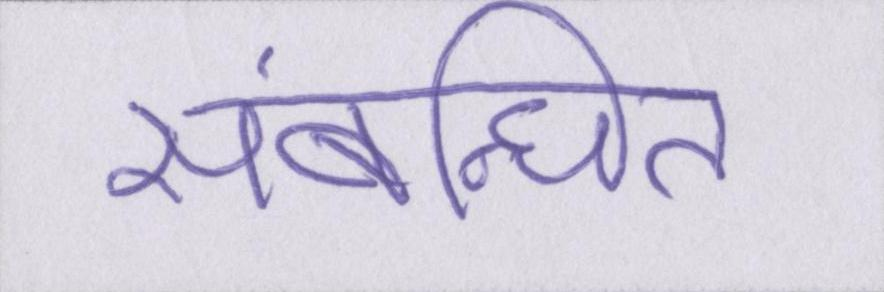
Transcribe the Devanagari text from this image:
संबन्धित